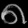
Digit: ၈